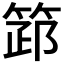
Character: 𥮺